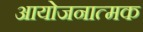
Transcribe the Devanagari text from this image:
आयोजनात्मक